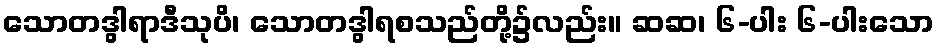
သောတဒွါရာဒီသုပိ၊ သောတဒွါရစသည်တို့၌လည်း။ ဆဆ၊ ၆-ပါး ၆-ပါးသော